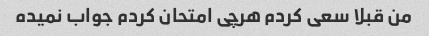
من قبلا سعی کردم هرچی امتحان کردم جواب نمیده